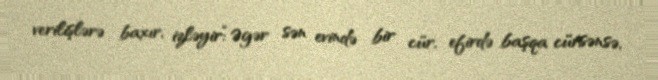
verilişlərə baxır, izləyir:“Əgər sən evində bir cür, efirdə başqa cürsənsə,